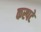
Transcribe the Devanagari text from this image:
कस्पटे